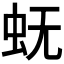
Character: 𰲫